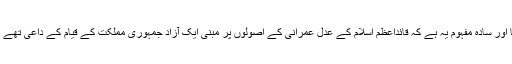
قائداعظمؒ کے افکار کا سیدھا اور سادہ مفہوم یہ ہے کہ قائداعظمؒ اسلام کے عدل عمرانی کے اصولوں پر مبنی ایک آزاد جمہوری مملکت کے قیام کے داعی تھے اور یہی نظریہ پاکستان ہے۔